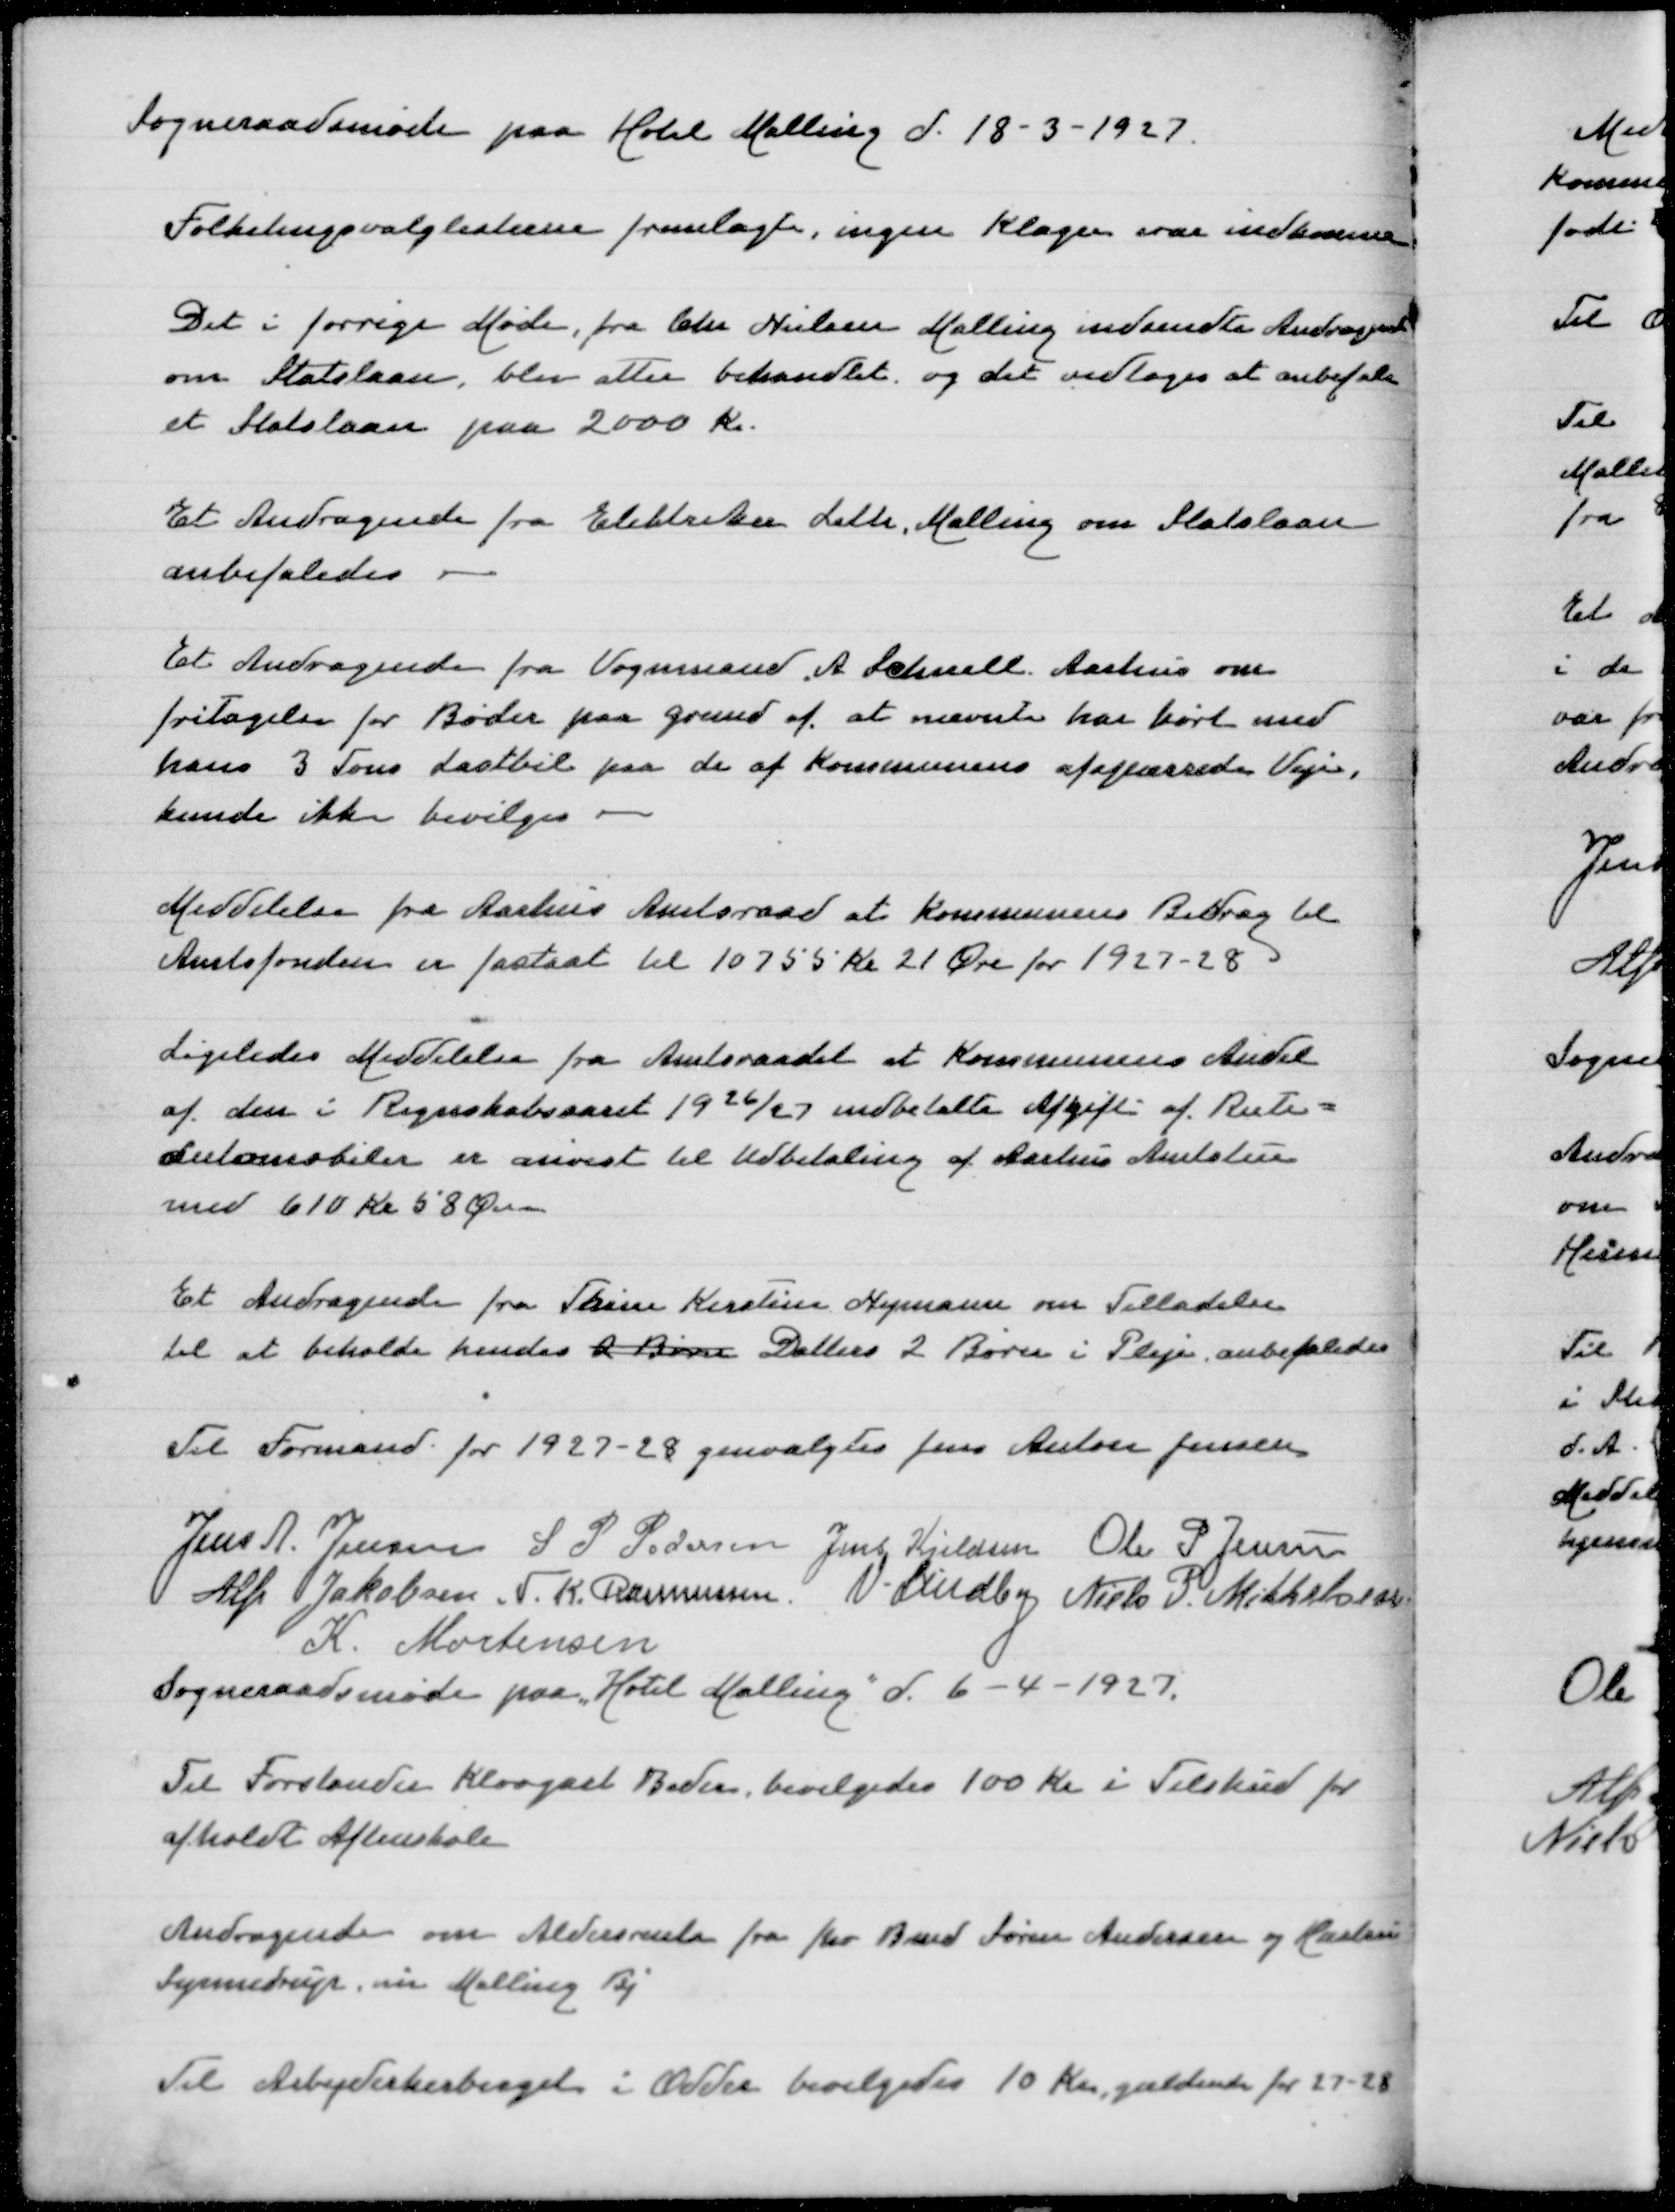
Transskription:
Sogneraadsmøde paa Hotel Malling d 18-3-1927

Folketingsvalglisterne fremlagdes, ingen Klager var indkommet

Det i forrige Møde, fra Chr Nielsen Malling indsendte Andragende
om Statslaan, blev atter behandlet og det vedtoges at anbefale
et Statslaan paa 2000 Kr

Et Andragende fra Elektriker Leth, Malling om Statslaan
anbefaledes

Et Andragende fra Vognmand A Schmidt Aarhus om
fritagelse for Bøder paa Grund af at nævnte har kørt med
hans 3 Tons Lastbil paa de af Kommunens afspærrede Veje
kunde ikke bevilges

Meddelelse fra Aarhus amtsraad at Kommunens Bidrag til
Amtsfonden er fastsat til 10755 Kr 21 Øre for 1927-28

Ligeledes Meddelelse fra Amtsraadet at Kommunens Andel
af den i Regnskabsaaret 1926/27 indbetalte Afgift af Rute=
automobiler er anvist til Udbetaling af Aarhus Amtsstue
med 610 Kr 58 Øre

Et Andragende fra Trine Kirstine Nymann om Tilladelse
til at beholde hendes 2 Børn Datters 2 Børn i Pleje anbefaledes

Til Formand for 1927-28 genvalgtes Jens Anton Jensen
Jens A Jensen
S P Pedersen
Jens Kjeldsen
Ole P Jensen
Alfr Jakobsen
N K Rasmussen
V Lindby
Niels P Mikkelsen
K Mortensen
Sogneraadsmøde paa Hotel Malling d 6-4-1927

Til Forstander Klougart Beder, bevilgedes 100 Kr i Tilskud for
afholdt Aftenskole

Andragende om Aldersrente fra fhv Bmd Søren Andersen og Hustru
Synnedrup, nu Malling Bj

Til Arbejderherberget i Odder bevilgedes 10 Kr, gældende for 27-28